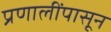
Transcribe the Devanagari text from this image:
प्रणालींपासून